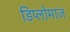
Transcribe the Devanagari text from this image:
डिप्लोमाज